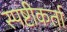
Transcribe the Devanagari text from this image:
स्पष्टीकर्ता